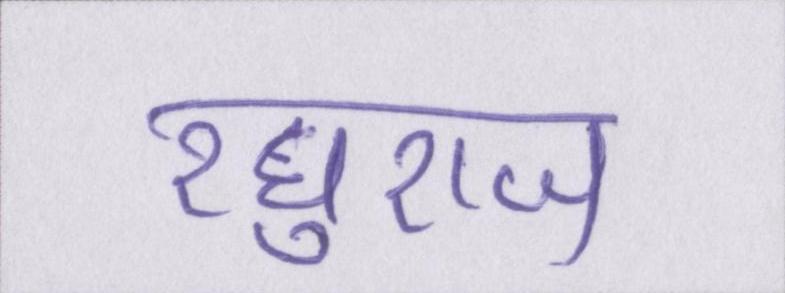
रघुराज